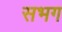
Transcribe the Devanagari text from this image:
सभग